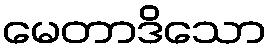
မေတာဒိသော